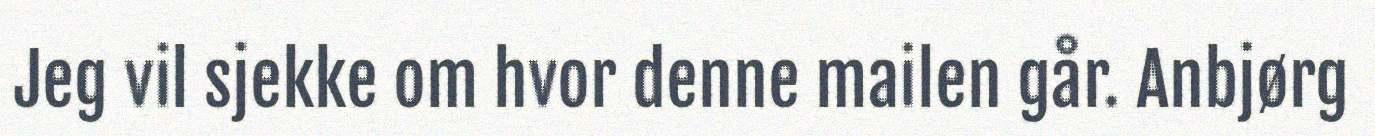
Jeg vil sjekke om hvor denne mailen går. Anbjørg